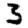
Digit: 3